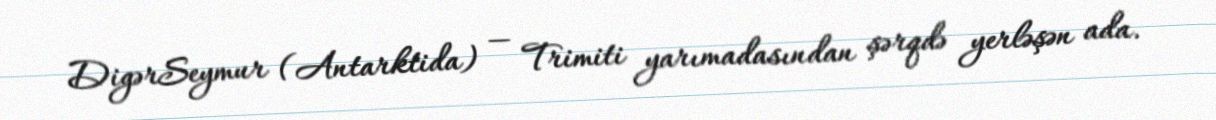
DigərSeymur (Antarktida) — Trimiti yarımadasından şərqdə yerləşən ada.